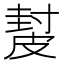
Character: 𥀂